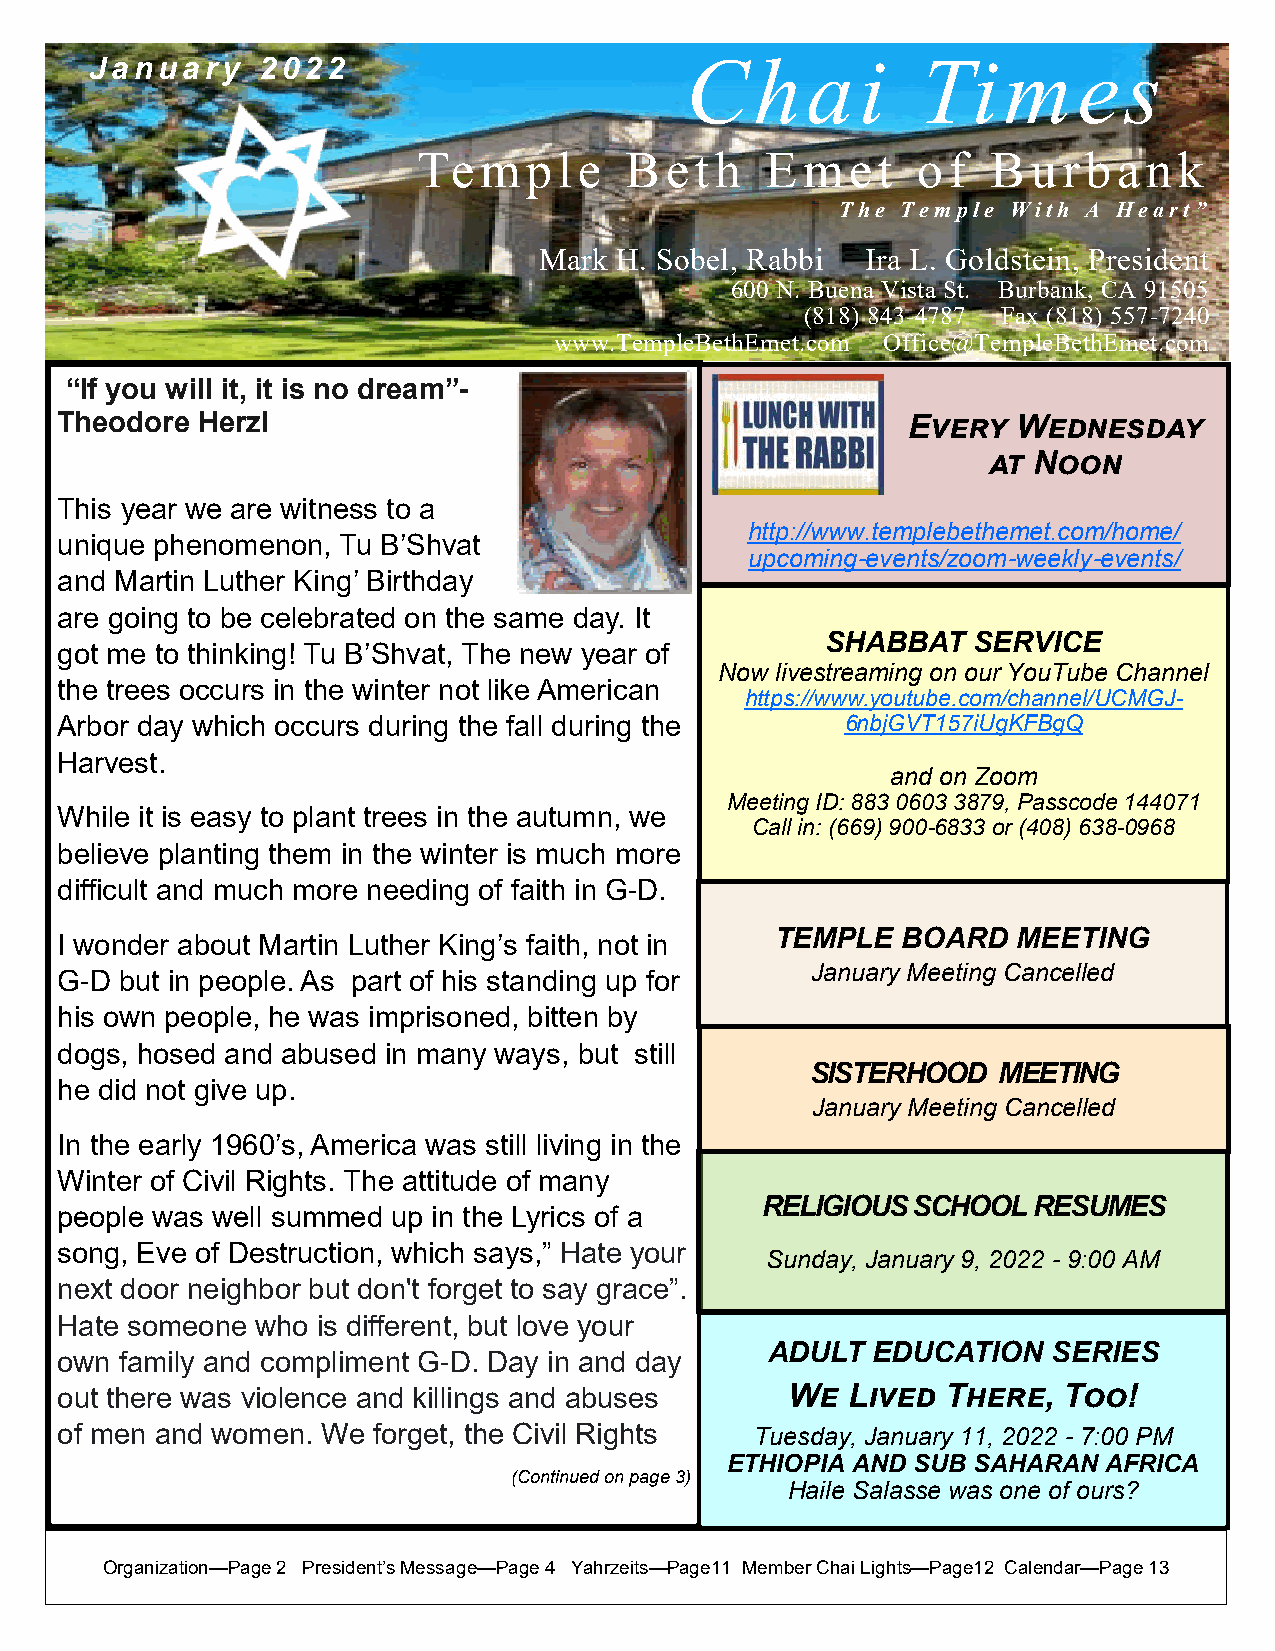
January    2022                        Chai            Times
 Temple       Beth      Emet      of   Burbank
 The Temple With A Heart”
 Mark H. Sobel, Rabbi Ira L. Goldstein, President
 600 N. Buena Vista St. Burbank, CA 91505
 (818) 843-4787 Fax (818) 557-7240
 www.TempleBethEmet.com Office@TempleBethEmet.com
 “If you will it, it is no dream”-
 Theodore Herzl                                          Every  Wednesday
 at Noon
 This year we are witness to a
 http://www.templebethemet.com/home/
 unique phenomenon, Tu B’Shvat
 upcoming-events/zoom-weekly-events/
 and Martin Luther King’ Birthday
 are going to be celebrated on the same day. It
 SHABBAT  SERVICE
 got me to thinking! Tu B’Shvat, The new year of
 Now livestreaming on our YouTube Channel
 the trees occurs in the winter not like American
 https://www.youtube.com/channel/UCMGJ-
 Arbor day which occurs during the fall during the   6nbjGVT157iUgKFBgQ
 Harvest.
 and on Zoom
 Meeting ID: 883 0603 3879, Passcode 144071
 While it is easy to plant trees in the autumn, we
 Call in: (669) 900-6833 or (408) 638-0968
 believe planting them in the winter is much more
 difficult and much more needing of faith in G-D.
 TEMPLE   BOARD  MEETING
 I wonder about Martin Luther King’s faith, not in
 January Meeting Cancelled
 G-D but in people. As part of his standing up for
 his own people, he was imprisoned, bitten by
 dogs, hosed and abused in many ways, but still
 SISTERHOOD  MEETING
 he did not give up.
 January Meeting Cancelled
 In the early 1960’s, America was still living in the
 Winter of Civil Rights. The attitude of many
 RELIGIOUS SCHOOL  RESUMES
 people was well summed up in the Lyrics of a
 song, Eve of Destruction, which says,” Hate your
 Sunday, January 9, 2022 - 9:00 AM
 next door neighbor but don't forget to say grace”.
 Hate someone who is different, but love your
 ADULT  EDUCATION   SERIES
 own family and compliment G-D. Day in and day
 out there was violence and killings and abuses  We  Lived  There, Too!
 of men and women. We forget, the Civil Rights Tuesday, January 11, 2022 - 7:00 PM
 ETHIOPIA AND SUB SAHARAN AFRICA
 (Continued on page 3)
 Haile Salasse was one of ours?
 Organization—Page 2 President’s Message—Page 4 Yahrzeits—Page11 Member Chai Lights—Page12 Calendar—Page 13